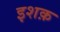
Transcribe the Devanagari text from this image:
इशक़